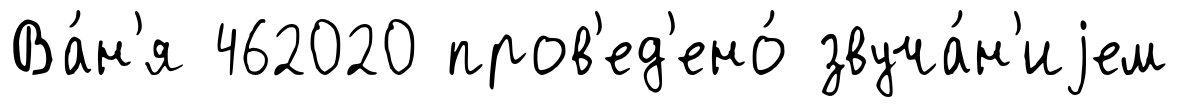
Ва́н'я 462020 пров'ед'ено́ звуча́н'иjем